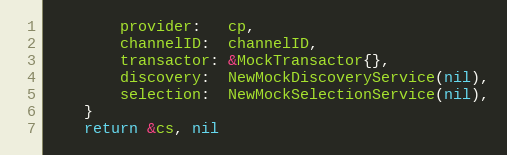
Language: Go
		provider:   cp,
		channelID:  channelID,
		transactor: &MockTransactor{},
		discovery:  NewMockDiscoveryService(nil),
		selection:  NewMockSelectionService(nil),
	}
	return &cs, nil